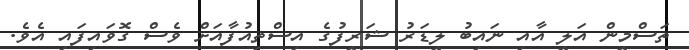
ތަސްމީން އަލީ އާއި ނައިބު ލީޑަރު ޝަރީފުގެ އިސްތިއުފާއަށް ވެސް ގޮވައިފައި އެވެ.